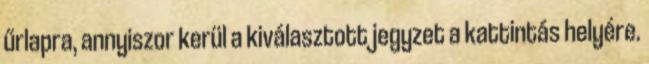
űrlapra, annyiszor kerül a kiválasztott jegyzet a kattintás helyére.